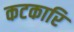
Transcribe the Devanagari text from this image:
कटकारि